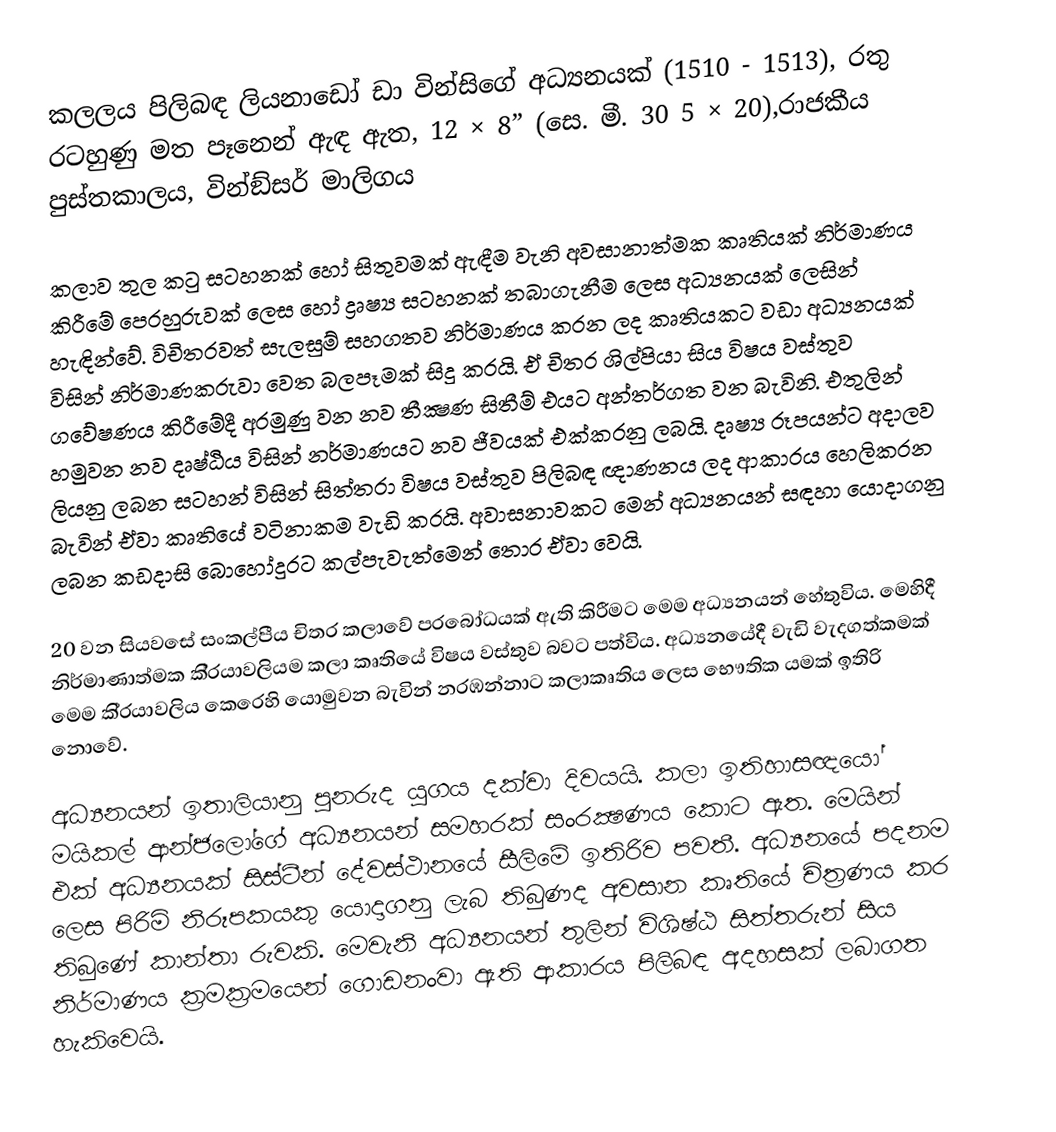
කලලය පිලිබඳ ලියනාඩෝ ඩා වින්සිගේ අධ්‍යනයක් (1510 -  1513), රතු රටහුණු මත පෑනෙන් ඇඳ ඇත, 12 × 8” (සෙ. මී. 30 5 × 20),රාජකීය පුස්තකාලය, වින්ඞ්සර් මාලිගය

කලාව තුල කටු සටහනක් හෝ සිතුවමක් ඇඳීම වැනි අවසානාත්මක කෘතියක් නිර්මාණය කිරීමේ පෙරහුරුවක් ලෙස හෝ ද්‍රෘෂ්‍ය සටහනක් තබාගැනීම ලෙස අධ්‍යනයක් ලෙසින් හැඳින්වේ. විචිත‍්‍රවත් සැලසුම් සහගතව නිර්මාණය කරන ලද කෘතියකට වඩා අධ්‍යනයක් විසින් නිර්මාණකරුවා වෙත බලපෑමක් සිදු කරයි. ඒ චිත‍්‍ර ශිල්පියා සිය විෂය වස්තුව ගවේෂණය කිරීමේදී අරමුණු වන නව තීක්‍ෂණ සිතීම් එයට අන්තර්ගත වන බැවිනි. එතුලින් හමුවන නව දෘෂ්ඨිය විසින් නර්මාණයට නව ජීවයක් එක්කරනු ලබයි. දෘෂ්‍ය රූපයන්ට අදාලව ලියනු ලබන සටහන් විසින් සිත්තරා විෂය වස්තුව පිලිබඳ ඥාණනය ලද ආකාරය හෙලිකරන බැවින් ඒවා කෘතියේ වටිනාකම වැඩි කරයි.  අවාසනාවකට මෙන් අධ්‍යනයන් සඳහා යොදාගනු ලබන කඩදාසි බොහෝදුරට කල්පැවැත්මෙන් තොර ඒවා වෙයි.

20 වන සියවසේ සංකල්පීය චිත‍්‍ර කලාවේ ප‍්‍රබෝධයක් ඇති කිරීමට මෙම අධ්‍යනයන් හේතුවිය. මෙහිදී නිර්මාණාත්මක කි‍්‍රයාවලියම කලා කෘතියේ විෂය වස්තුව බවට පත්විය. අධ්‍යනයේදී වැඩි වැදගත්කමක් මෙම කි‍්‍රයාවලිය කෙරෙහි යොමුවන බැවින් නරඹන්නාට කලාකෘතිය ලෙස භෞතික යමක් ඉතිරි නොවේ.

අධ්‍යනයන් ඉතාලියානු පුනරුද යුගය දක්වා දිවයයි. කලා ඉතිහාසඥයෝ මයිකල් ආන්ජලෝගේ අධ්‍යනයන් සමහරක් සංරක්‍ෂණය කොට ඇත. මෙයින් එක් අධ්‍යනයක් සිස්ටීන් දේවස්ථානයේ සීලිමේ ඉතිරිව පවතී. අධ්‍යනයේ පදනම ලෙස පිරිමි නිරූපකයකු යොදාගනු ලැබ තිබුණද අවසාන කෘතියේ චිත‍්‍රණය කර තිබුණේ කාන්තා රුවකි. මෙවැනි අධ්‍යනයන් තුලින් විශිෂ්ඨ සිත්තරුන් සිය නිර්මාණය ක‍්‍රමක‍්‍රමයෙන් ගොඩනංවා ඇති ආකාරය පිලිබඳ අදහසක් ලබාගත හැකිවෙයි.